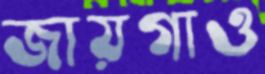
জায়গাও